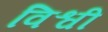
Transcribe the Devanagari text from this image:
विश्वी